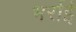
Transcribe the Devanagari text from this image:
भर्राई